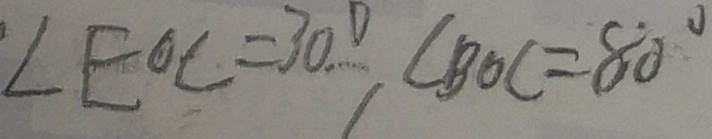
\angle E O C = 3 0 ^ { \circ } \angle B O C = 8 0 ^ { \circ }